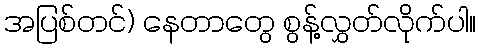
အပြစ်တင်) နေတာတွေ စွန့်လွှတ်လိုက်ပါ။